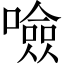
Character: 噞